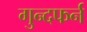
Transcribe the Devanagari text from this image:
गुन्दफर्न